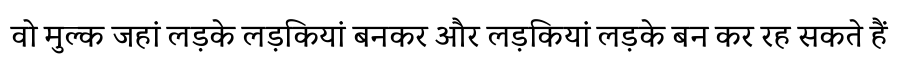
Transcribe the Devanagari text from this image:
वो मुल्क जहां लड़के लड़कियां बनकर और लड़कियां लड़के बन कर रह सकते हैं